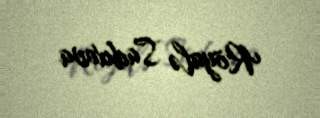
Röyalə Sadıxova